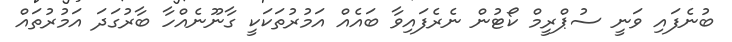
ބުނެފައި ވަނީ ސުޕްރީމް ކޯޓުން ނެރެފައިވާ ބައެއް އަމުރުތަކަކީ ގާނޫނެއްހާ ބާރުގަދަ އަމުރުތައް